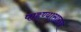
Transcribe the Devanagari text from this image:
पाहण्यासारखं